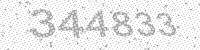
Solution: 344833